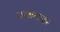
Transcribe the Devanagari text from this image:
तलाकदर